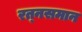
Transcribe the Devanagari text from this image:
रत्‍नसमान